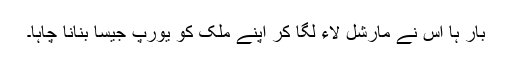
بار ہا اس نے مارشل لاء لگا کر اپنے ملک کو یورپ جیسا بنانا چاہا۔